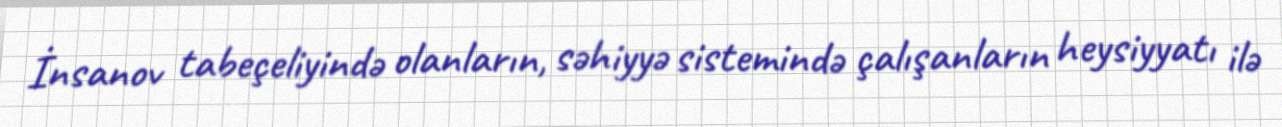
İnsanov tabeçeliyində olanların, səhiyyə sistemində çalışanların heysiyyatı ilə